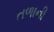
તળાની